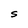
Character: S